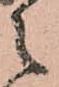
之